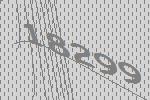
18299